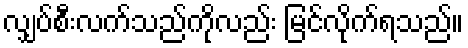
လျှပ်စီးလက်သည်ကိုလည်း မြင်လိုက်ရသည်။